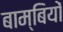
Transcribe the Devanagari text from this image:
बाम्बियों